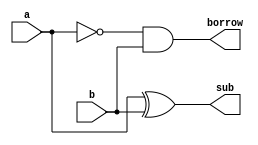
module half_subtr (a, b, sub, borrow);

input a, b;
output sub, borrow;

xor (sub, a, b);
not (a_bar, a);
and (borrow, a_bar, b);

endmodule // half_subtr